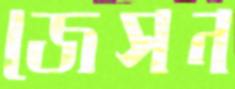
জেসন